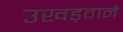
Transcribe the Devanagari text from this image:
उखड़वाने